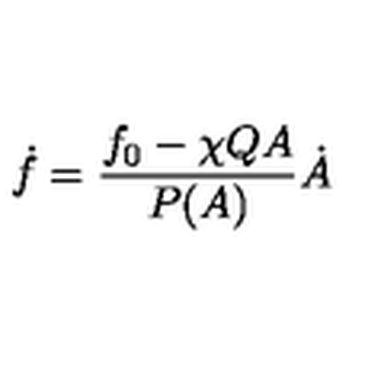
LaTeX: \dot { f } = \frac { f _ { 0 } - \chi Q A } { P ( A ) } \dot { A }